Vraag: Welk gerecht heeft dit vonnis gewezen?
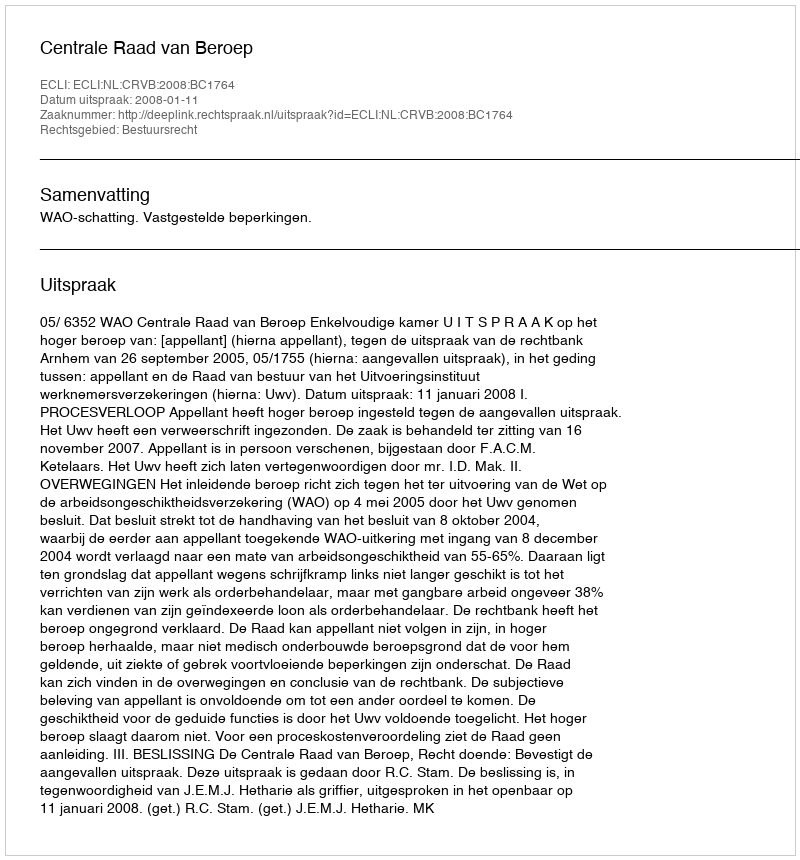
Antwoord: Centrale Raad van Beroep